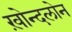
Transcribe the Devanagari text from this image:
ख़ोन्दलोन